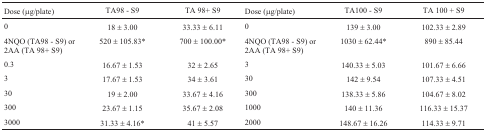
<table><thead><tr><td><b>Dose (μg/plate)</b></td><td><b>TA98 - S9</b></td><td><b>TA 98+ S9</b></td><td><b>Dose (μg/plate)</b></td><td><b>TA100 - S9</b></td><td><b>TA 100 + S9</b></td></tr></thead><tbody><tr><td> 0</td><td>18 ± 3.00</td><td>33.33 ± 6.11</td><td>0</td><td>139 ± 3.00</td><td>102.33 ± 2.89</td></tr><tr><td>4NQO (TA98 - S9) or 2AA (TA 98+ S9)</td><td>520 ± 105.83*</td><td>700 ± 100.00*</td><td>4NQO (TA98 - S9) or 2AA (TA 98+ S9)</td><td>1030 ± 62.44*</td><td>890 ± 85.44</td></tr><tr><td>0.3</td><td>16.67 ± 1.53</td><td>32 ± 2.65</td><td>3</td><td>140.33 ± 5.03</td><td>101.67 ± 6.66</td></tr><tr><td>3</td><td>17.67 ± 1.53</td><td>34 ± 3.61</td><td>30</td><td>142 ± 9.54</td><td>107.33 ± 4.51</td></tr><tr><td>30</td><td>19 ± 2.00</td><td>33.67 ± 4.16</td><td>300</td><td>138.33 ± 5.86</td><td>104.67 ± 8.02</td></tr><tr><td>300</td><td>23.67 ± 1.15</td><td>35.67 ± 2.08</td><td>1000</td><td>140 ± 11.36</td><td>116.33 ± 15.37</td></tr><tr><td>3000</td><td>31.33 ± 4.16*</td><td>41 ± 5.57</td><td>2000</td><td>148.67 ± 16.26</td><td>114.33 ± 9.71</td></tr></tbody></table>